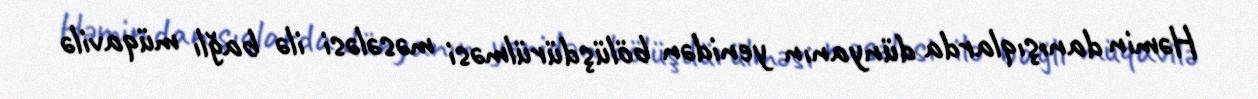
Həmin danışıqlarda dünyanın yenidən bölüşdürülməsi məsələsi ilə bağlı müqavilə